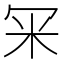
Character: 冞